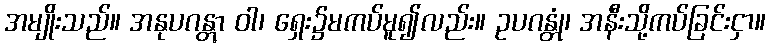
အမျိုးသည်။ အနုပဂန္တွာ ဝါ၊ ရှေး၌မကပ်မူ၍လည်း။ ဥပဂန္တုံ၊ အနီးသို့ကပ်ခြင်းငှာ။